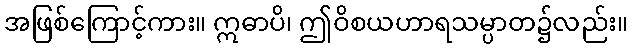
အဖြစ်ကြောင့်ကား။ ဣဓာပိ၊ ဤဝိစယဟာရသမ္ပာတ၌လည်း။